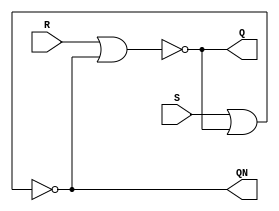
module SRLatch(
  Q,   // Q output
  QN,  // Qn output
  R,    // R input
  S
  );

  input R,S;
  output Q,QN;
  
  nor nor1(Q,R,QN);
  nor nor1(QN,S,Q);

endmodule